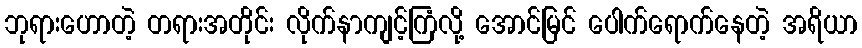
ဘုရားဟောတဲ့ တရားအတိုင်း လိုက်နာကျင့်ကြံလို့ အောင်မြင် ပေါက်ရောက်နေတဲ့ အရိယာ